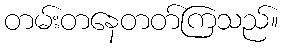
တမ်းတနေတတ်ကြသည်။